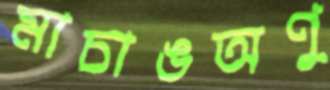
মাচাঙঅণু